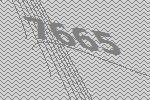
7665